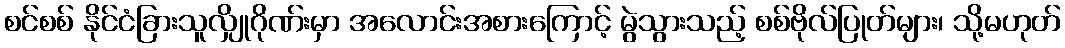
စင်စစ် နိုင်ငံခြားသူလျှိုဂိုဏ်းမှာ အလောင်းအစားကြောင့် မွဲသွားသည့် စစ်ဗိုလ်ပြုတ်များ၊ သို့မဟုတ်